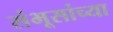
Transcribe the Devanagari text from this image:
संभूसांच्या